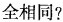
全相同?